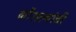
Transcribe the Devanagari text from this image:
कौशल्यांची